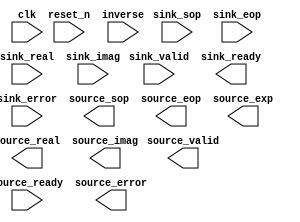

module fft (
	clk,
	reset_n,
	sink_valid,
	sink_ready,
	sink_error,
	sink_sop,
	sink_eop,
	sink_real,
	sink_imag,
	inverse,
	source_valid,
	source_ready,
	source_error,
	source_sop,
	source_eop,
	source_real,
	source_imag,
	source_exp);	

	input		clk;
	input		reset_n;
	input		sink_valid;
	output		sink_ready;
	input	[1:0]	sink_error;
	input		sink_sop;
	input		sink_eop;
	input	[31:0]	sink_real;
	input	[31:0]	sink_imag;
	input	[0:0]	inverse;
	output		source_valid;
	input		source_ready;
	output	[1:0]	source_error;
	output		source_sop;
	output		source_eop;
	output	[31:0]	source_real;
	output	[31:0]	source_imag;
	output	[5:0]	source_exp;
endmodule